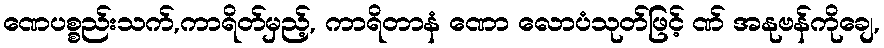
ဏေပစ္စည်းသက်,ကာရိတ်မှည့်, ကာရိတာနံ ဏော လောပံသုတ်ဖြင့် ဏ် အနုဗန်ကိုချေ,